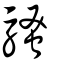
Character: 騷